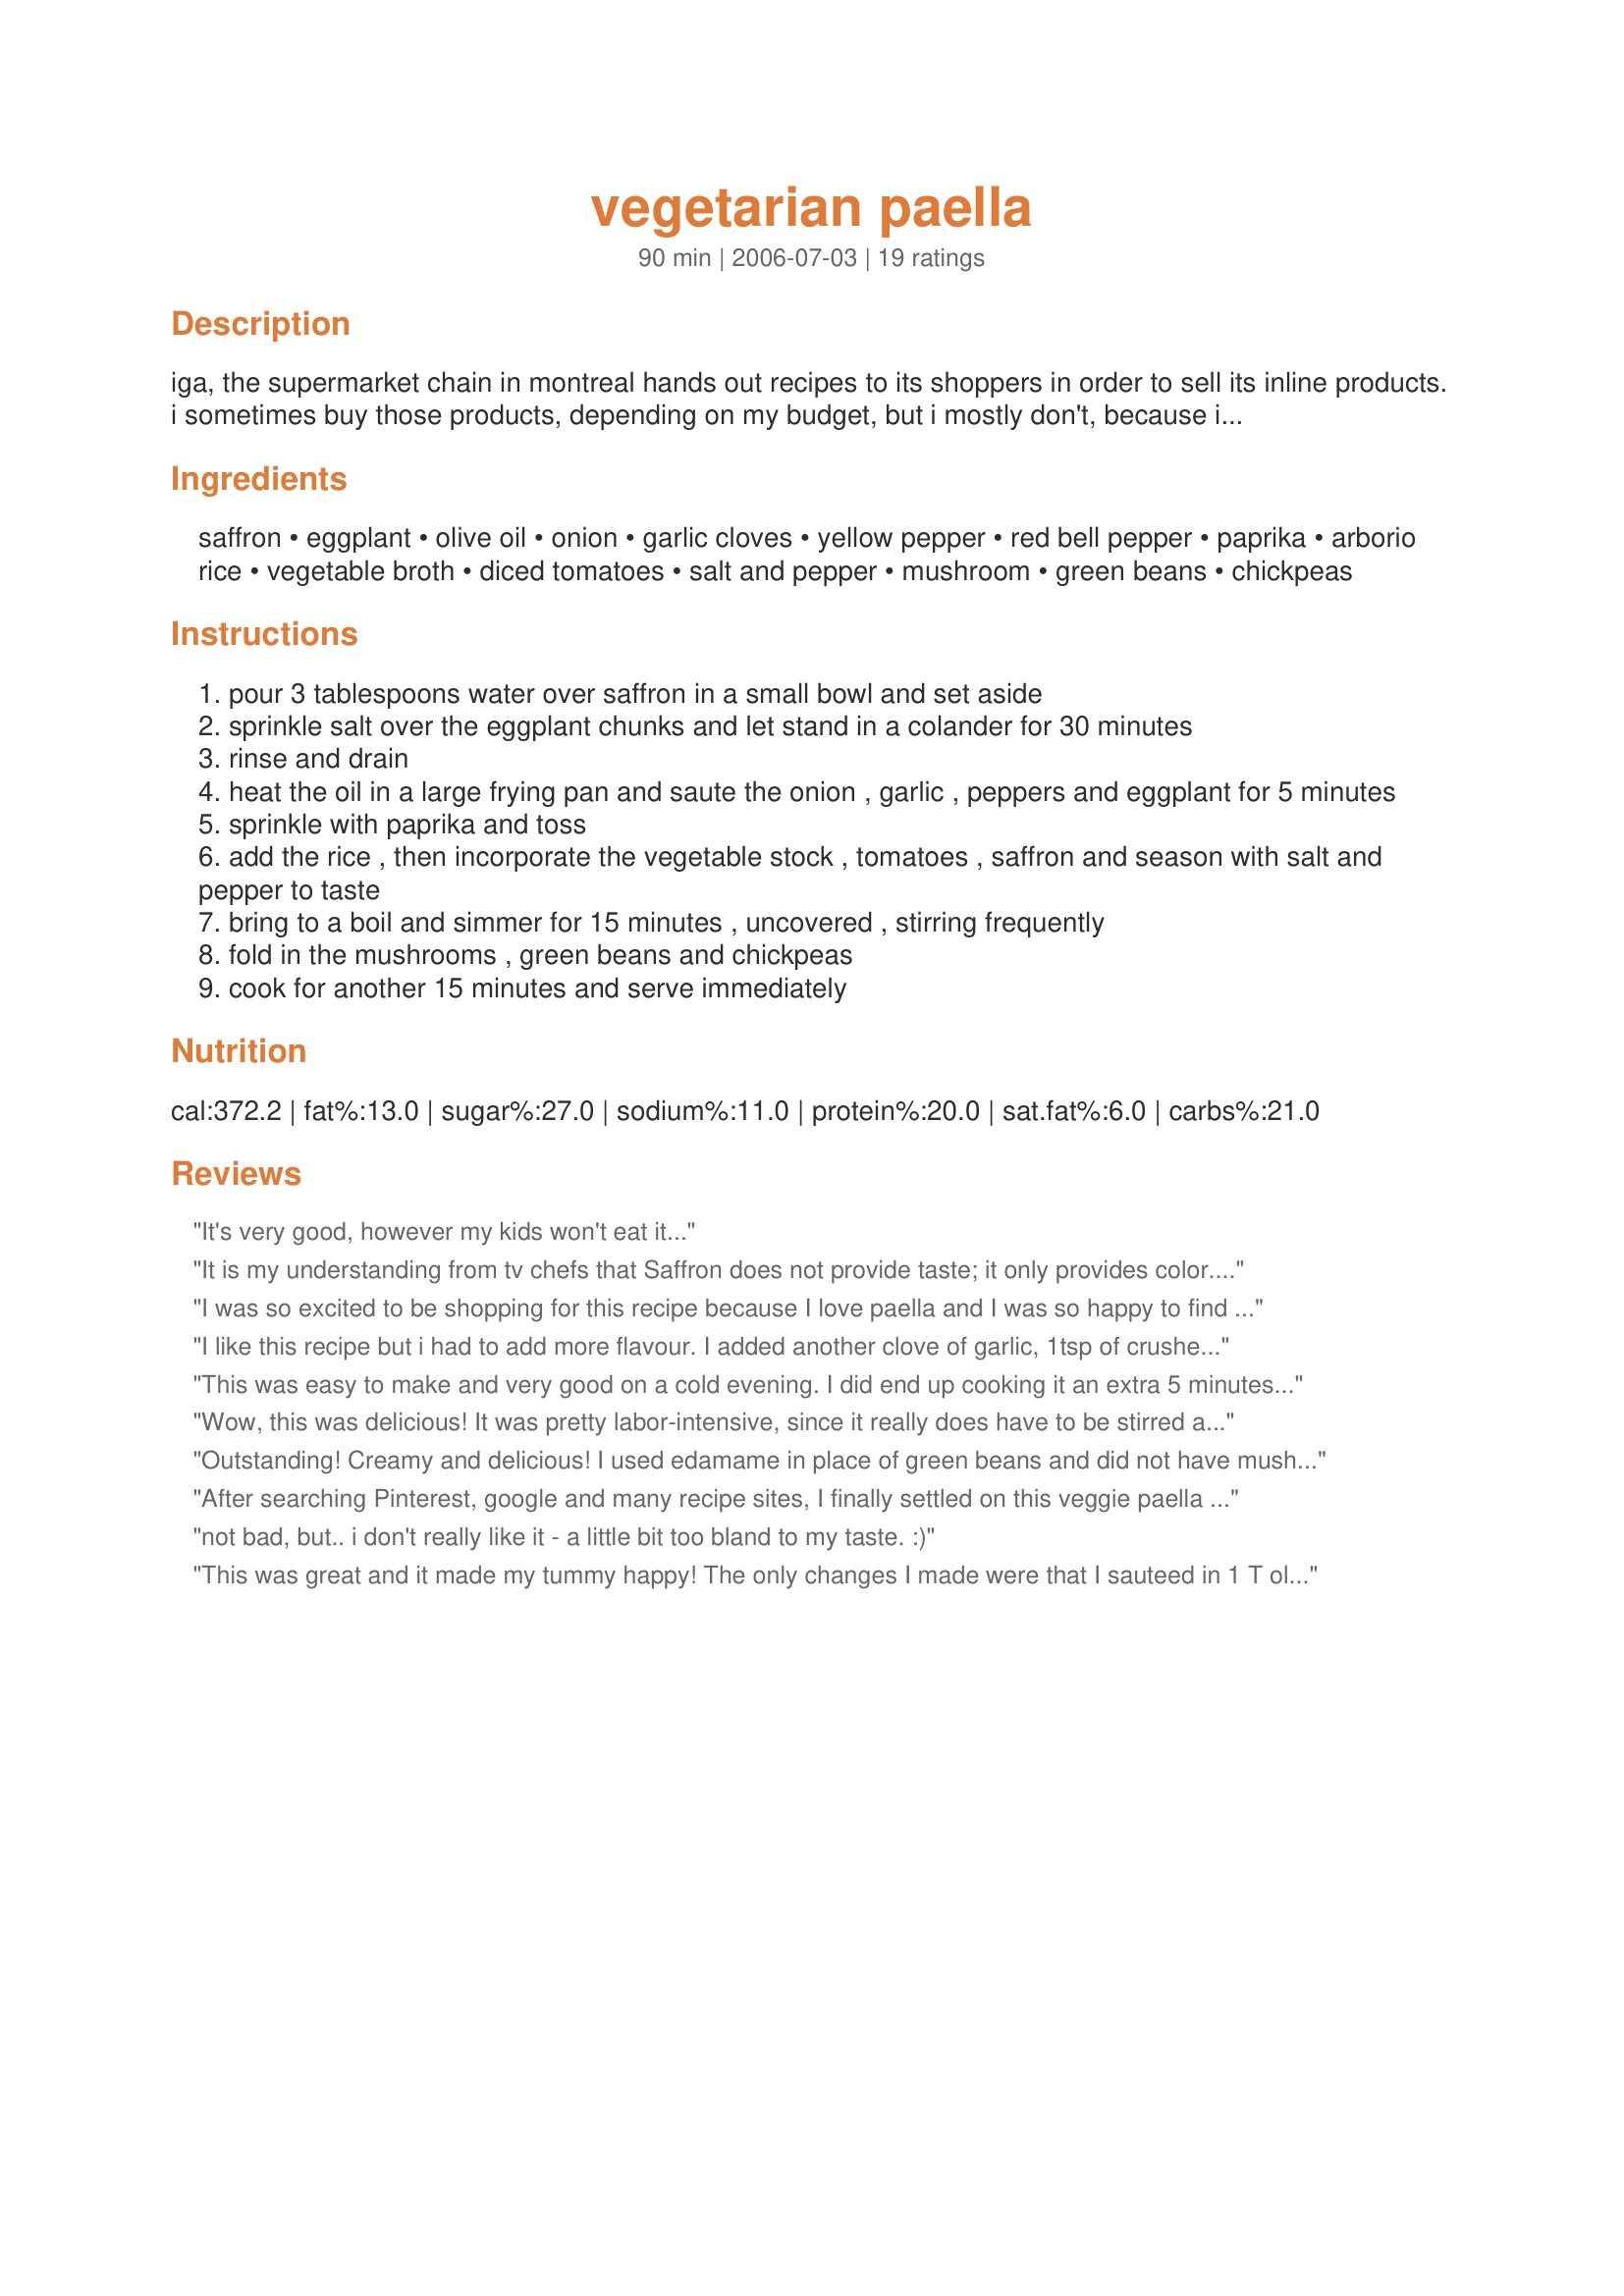
vegetarian paella
Preparation time: 90 minutes

iga, the supermarket chain in montreal hands out recipes to its shoppers in order to sell its inline products. i sometimes buy those products, depending on my budget, but i mostly don't, because i like using my favourite brands.

Ingredients:
saffron, eggplant, olive oil, onion, garlic cloves, yellow pepper, red bell pepper, paprika, arborio rice, vegetable broth, diced tomatoes, salt and pepper, mushroom, green beans, chickpeas

Steps:
pour 3 tablespoons water over saffron in a small bowl and set aside
sprinkle salt over the eggplant chunks and let stand in a colander for 30 minutes
rinse and drain
heat the oil in a large frying pan and saute the onion , garlic , peppers and eggplant for 5 minutes
sprinkle with paprika and toss
add the rice , then incorporate the vegetable stock , tomatoes , saffron and season with salt and pepper to taste
bring to a boil and simmer for 15 minutes , uncovered , stirring frequently
fold in the mushrooms , green beans and chickpeas
cook for another 15 minutes and serve immediately

Reviews:
It's very good, however my kids won't eat it...
It is my understanding from tv chefs that Saffron does not provide taste; it only provides color. I would use the saffron rice.
I was so excited to be shopping for this recipe because I love paella and I was so happy to find a vegetarian version! But my excitement came to a screeching halt at the spice aisle! I couldn't justify $20 for a spice for which I only needed 1/16 teaspoon... (And you don't get a jar full - you get an envelope of saffron which is wedged into the jar and frankly, the envelope appeared pretty empty. What is this stuff - gold dust?). Sadly, I deduced that this would most likely be the KEY ingredient in this recipe. 
I perked up at the rice aisle where I found yellow saffron rice and I used that instead of the other rice. I have no idea what 1/16 tsp of saffron would have done but dinner turned out delicious afterall! (And now I'm wondering what it would take to grow and resale saffron...?) Thanks for posting this recipe!
I like this recipe but i had to add more flavour. I added another clove of garlic, 1tsp of crushed chilli, 1tsp cayenne pepper & about 1tsp each of turmeric & ground cumin.
I didn't use any chickpeas coz i think my eggplant was massive rather than medium :)
Thanks for posting.
This was easy to make and very good on a cold evening. I did end up cooking it an extra 5 minutes at the end to make sure the rice was completely finished. Next time I will follow some other reviewers' advice and add some extra seasonings.
Wow, this was delicious! It was pretty labor-intensive, since it really does have to be stirred almost constantly to keep the rice from sticking. But it was very tasty - And wonderfully colorful. I will eat this for lunch for days - I love beautiful and nutritious one pot meals like this. Thank you!
Outstanding! Creamy and delicious! I used edamame in place of green beans and did not have mushrooms, so didn't use them, but we do love them and next time I will put them in. This dish has great flavor!
After searching Pinterest, google and many recipe sites, I finally settled on this veggie paella recipe (for my Spanish-themed NYE get together this week. So glad to have tried this. Like other reviewers, I added in a bit more spices - extra garlic, turmeric and cumin. I kept the saffron in and used aborio rice. Delicious, creamy yumminess. I uses all of the vegetables called for and found the dish to be well balanced and visually beautiful. Thank you :)
not bad, but.. i don't really like it - a little bit too bland to my taste. :)
This was great and it made my tummy happy! The only changes I made were that I sauteed in 1 T olive oil and used more green beans and mushrooms (because my garbanzos and tomatoes were short of 19 oz). Oh, and I used regular white rice because I had just bought a 10 lb bag of it. :) Next time I'll add more spices (definitely more garlic and pepper, a little rosemary).
Couldn&#039;t find saffron so substituted it with turmeric, which gave the right colour to the paella. That said, the recipe did come out bland - this could have been because of the vegetable stock and lack of saffron. I added more stock, but still. I had a look on here and followed the advice of other reviewers: added rosemary, cumin, zaatar, onion powder and a teeny tiny bit of chili powder. It seems better now. Hope the guests enjoy it - thank you for this vegetarian version of this classic!
I had a big problem with this recipe, as a paella newbie, the solution to which were later explained to me by DBF. After I had finished cooking of course. So I am here to pass along his knowledge to others who may not have made a paella before. As I understand it, the wide surface area of the frying pan is essential to getting the proper consistency. My frying pan wasn't big enough so I tried to make it in a stockpot. Needless to say, for those who have experience with paella, that didn't work out. My batch ended up, in DBF's words, "gloopy". Not enough of the liquid had been evaporated/absorbed, so the dish ended up being around the consistency of a thick risotto. I may try this again, adjusting the measurements to fit in my skillet, but I definitely won't be using the stockpot for another paella!
This is a wonderful vegetarian dish. It is easy to put together and the vegetables were crisp tender in the time specified. It is an attractive dish to serve that is good and good for you. I served it garnished with green onions and <a href="/97438">Alaskan Sourdough Corn Bread</a> for a healthy and filling meal.
Wow, to say that this makes a lot of food is quite an understatement! Good thing it is yummy, slightly addictive stuff :). I didn't have a problem with too little broth, though I will say that it took a bit longer than written to get all of the rice cooked. I think the quality of broth is key here--a less flavorful broth would probably yield a blander dish. Based on other reviews I did double the garlic, and I added several healthy shakes of cumin and a shake or two of cayenne. This recipe is forgiving as far as which veggies you use; I added some okra that needed to be used, and I have to say it fit in just fine! DH and I agree that next time we will increase the other veggies and omit the eggplant out of personal taste, not a recipe flaw. Thanks for posting. This was a great way to use the beautiful veggies I bought at the farmer's market this week!
Yum! Healthy and delicious. It also re-heats perfectly. I made a huge pot and enjoyed it for many meals!
This was quite good. It was tasty and had a nice texture to it. I stopped by the farmers' market yesterday to pick up fresh peppers, eggplant, green beans and onion. I omitted the mushrooms entirely as I don't eat them. Was debating using fresh tomatoes instead of canned but ultimately went with canned. I reduced amount of oil to 1 tablespoon. BF in particular liked it, though next time I would add additional garlic and some spices like cumin or turmeric to kick up the heat. I had arborio rice and used it, which did add to the creaminess of the dish, but I think other rices would work perfectly well here too. One minor problem I had was with the amount of broth. I suggest starting with 3 cups and adding more if necessary and when you stir it, make sure you stir the bottom too so it doesn't stick. Thanks Studentchef for this great paella recipe.
This dish received nothing but raving reviews from my dear BF. Nothing but MmmmMmmm's from me in between mouthfuls, leaving no time for raving as I savored the flavors of each bite. I discovered last minute that I was out of arborio rice, so I subbed it with white basmati and it worked out just fine. Naturally not as creamy as it probably should've been, but I found it didn't matter to us and the richer flavor of the basmati was more than welcome. This is going straight into my favorites cookbook and will be made quite often. It's amazing what a pinch of saffron, sea salt, and fresh ground black pepper can do with fresh ingredients. This made lots for us (as there's only us two to feed) and I'm sure the flavors will only get better as it sits. What a marvelous dish, thanks so much for sharing!!
This paella tastes great! The only thing I would do differently next time is put the green beans in a bit earlier because mine were a bit hard and didn't get cooked properly. Couldn't really tell if the saffron made a difference in the taste because all the other tastes were so strong. If I didn't have any in the house I certainly would not buy any just for this recipe. We will be making this one again :)
I thought this was amazing! 
Since I like extra spice/herb, I added extra garlic, 2 tsp pasta sprinkle, some rosemary, and white pepper 
Sub: chicken with veg stock and added some grilled chicken on top.
